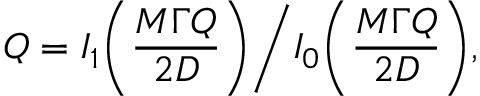
Q = I _ { 1 } \bigg ( \frac { M \Gamma Q } { 2 D } \bigg ) \bigg / I _ { 0 } \bigg ( \frac { M \Gamma Q } { 2 D } \bigg ) ,